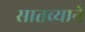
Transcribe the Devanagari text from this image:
सातव्याने